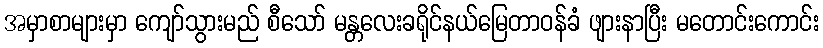
အမှာစာများမှာ ကျော်သွားမည် စီသော် မန္တလေးခရိုင်နယ်မြေတာဝန်ခံ ဖျားနာပြီး မတောင်းကောင်း